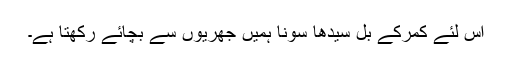
اس لئے کمرکے بل سیدھا سونا ہمیں جھریوں سے بچائے رکھتا ہے۔